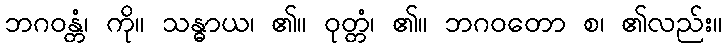
ဘဂဝန္တံ၊ ကို။ သန္ဓာယ၊ ၏။ ဝုတ္တံ၊ ၏။ ဘဂဝတော စ၊ ၏လည်း။